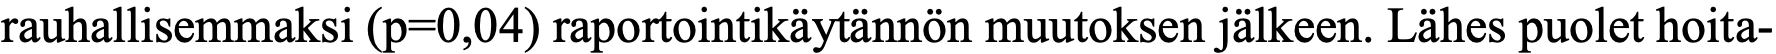
rauhallisemmaksi (p=0,04) raportointikäytännön muutoksen jälkeen. Lähes puolet hoita-